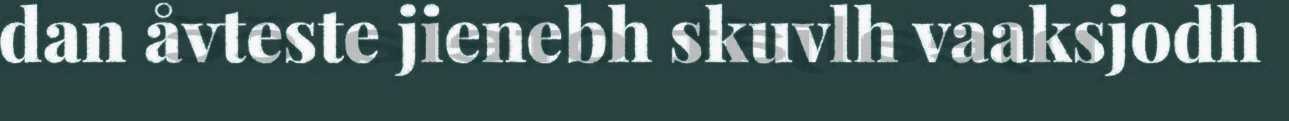
dan åvteste jienebh skuvlh vaaksjodh